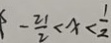
- \frac { 2 1 } { 2 } < x < \frac { 1 } { 2 }